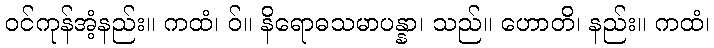
ဝင်ကုန်အံ့နည်း။ ကထံ၊ ဝ်။ နိရောဓသမာပန္နာ၊ သည်။ ဟောတိ၊ နည်း။ ကထံ၊